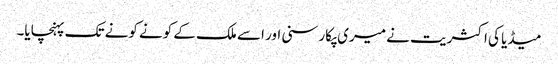
میڈیا کی اکثریت نے میری پکار سنی اور اسے ملک کے کونے کونے تک پہنچایا۔